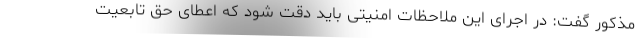
مذکور گفت: در اجرای این ملاحظات امنیتی باید دقت شود که اعطای حق تابعیت